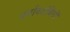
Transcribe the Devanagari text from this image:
धर्माबलंबियों